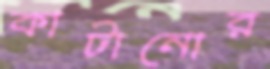
কাটানোর